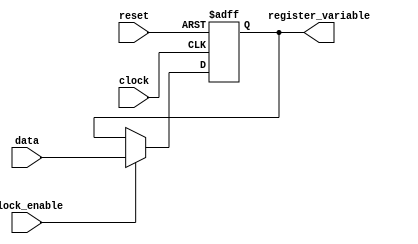
module Registertemplate(reset, clock, register_variable, clock_enable, data);
input reset;
input clock;
input clock_enable;
input data;

output reg register_variable;

always @ (negedge reset or posedge clock)
begin
	// Reset whenever the reset signal goes low, regardless of the clock
	// or the clock enable
	if (!reset)
	begin
		register_variable <= 0;
	end
	// If not resetting, and the clock signal is enabled on this register,
	// update the register output on the clock's rising edge
	else
	begin
		if (clock_enable)
		begin
			register_variable <= data;
		end
	end
end
endmodule